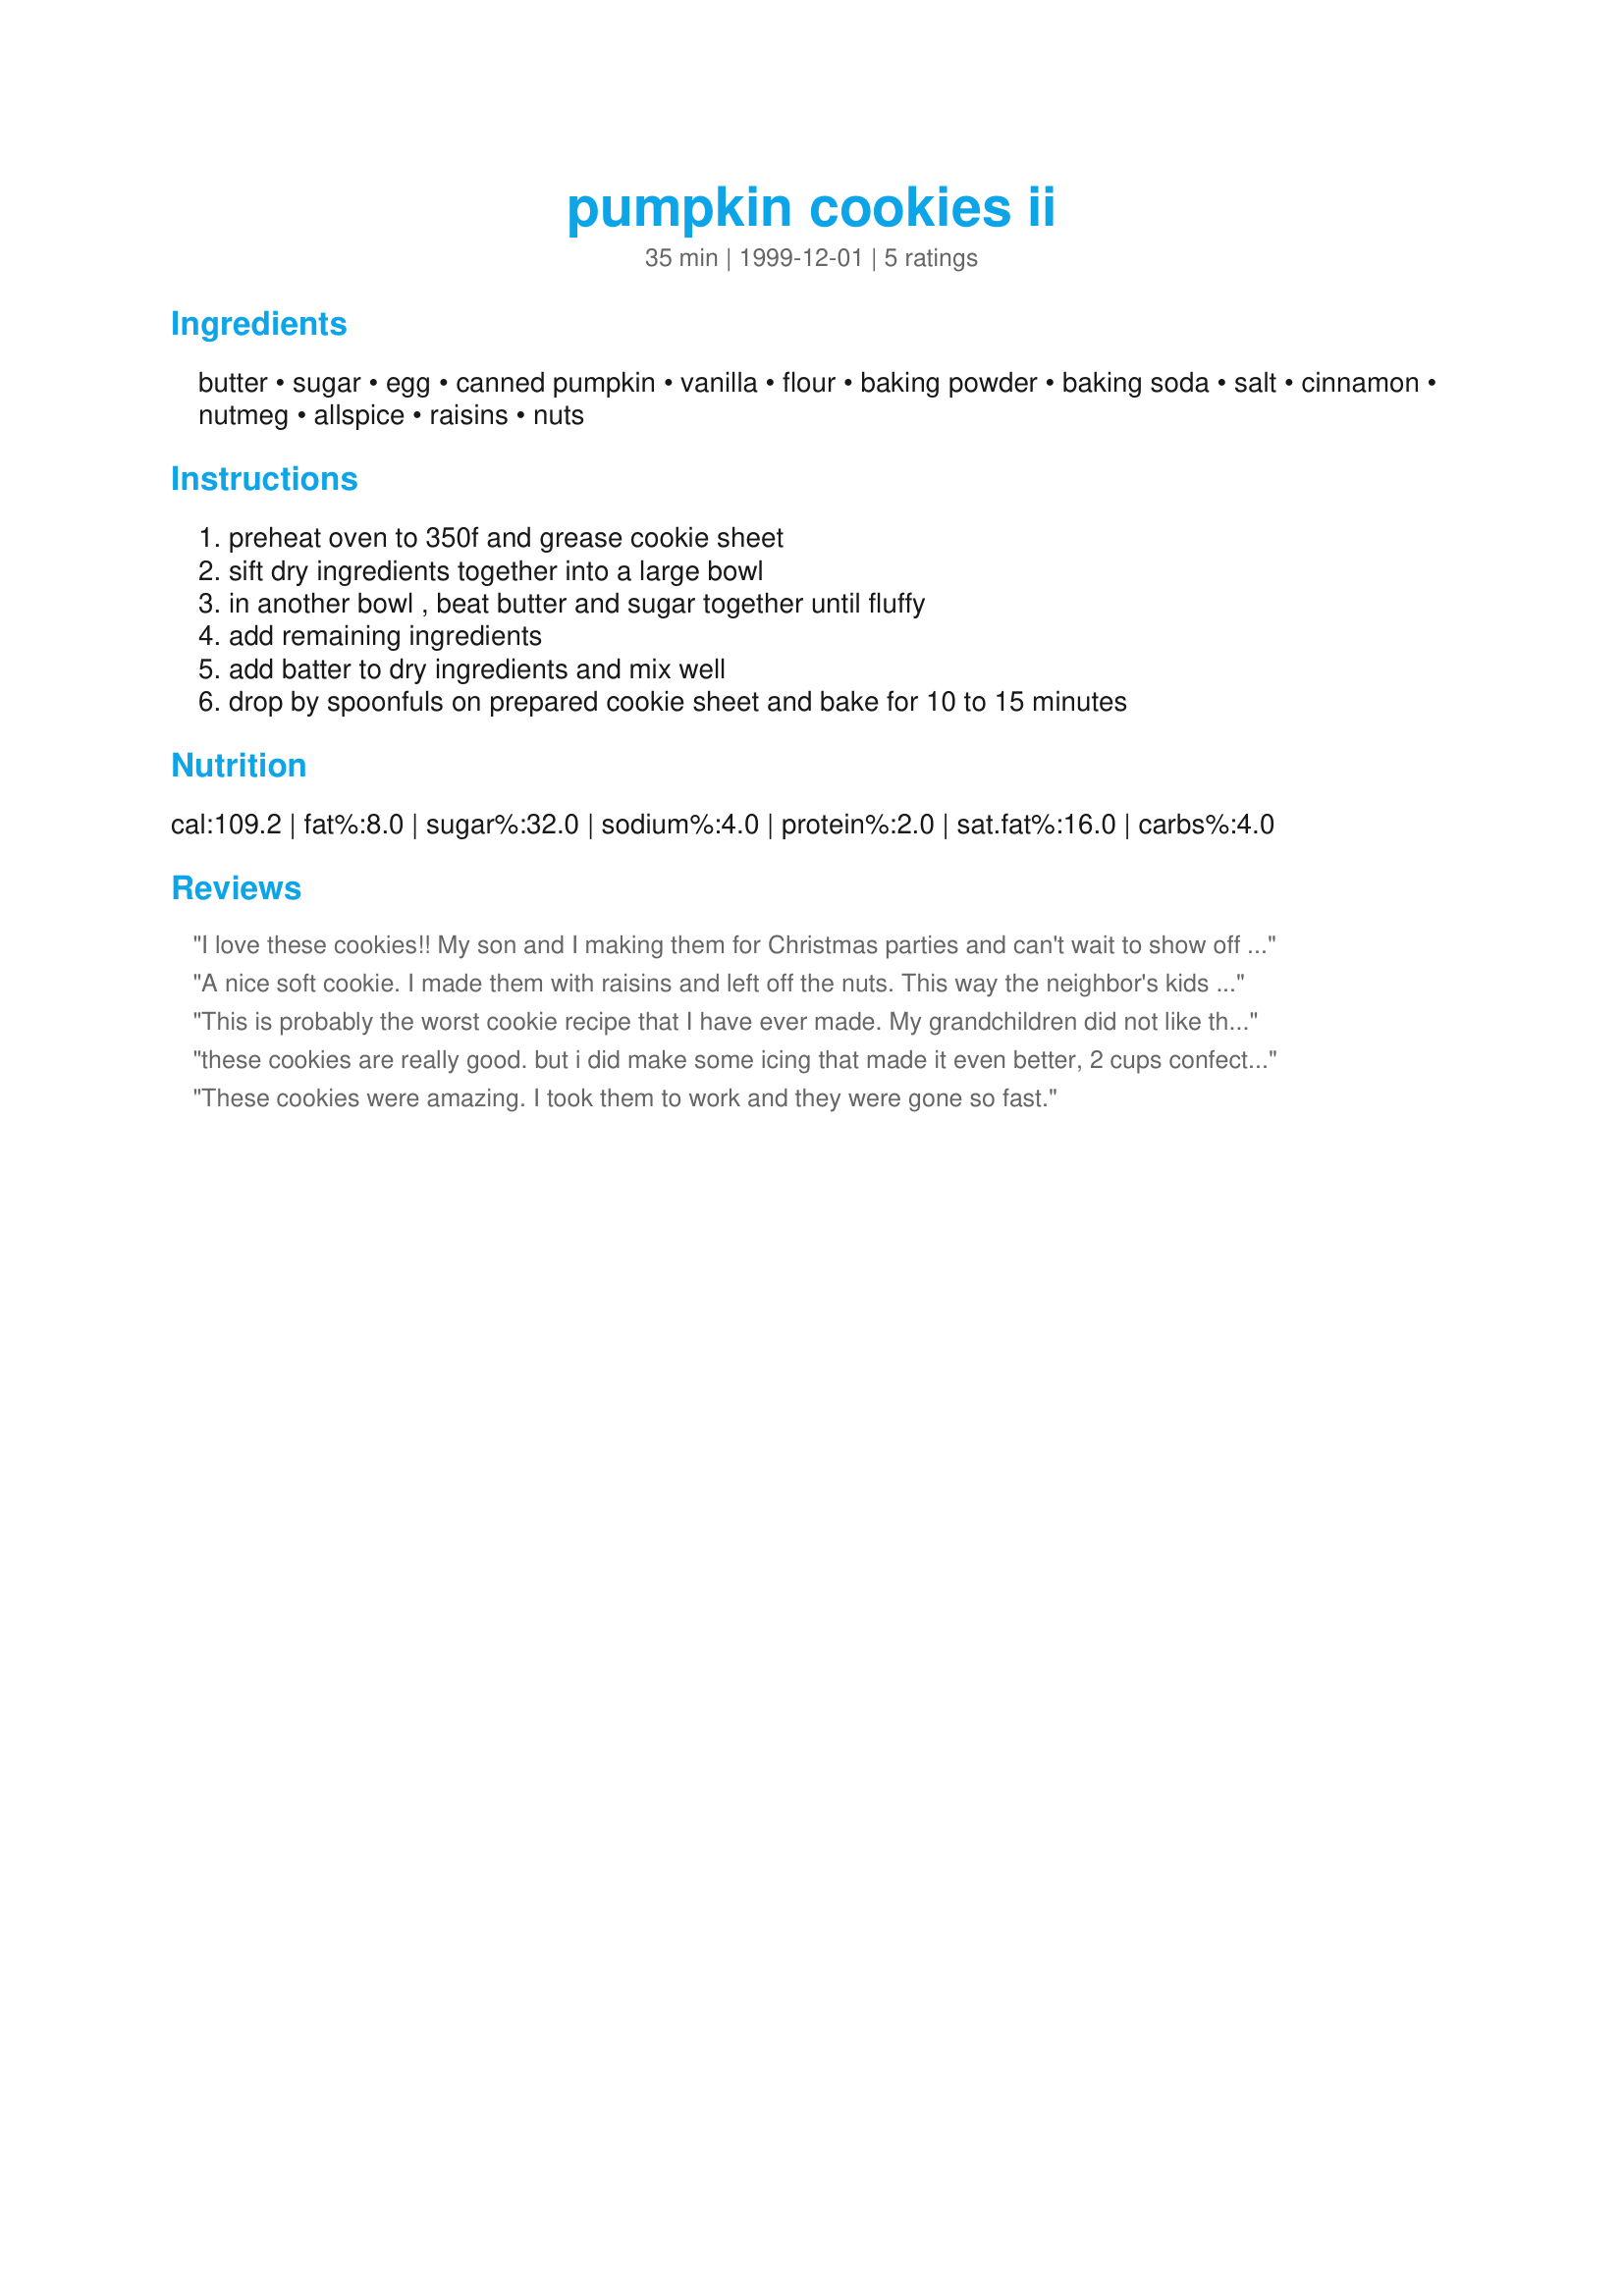
pumpkin cookies ii
Preparation time: 35 minutes

Ingredients:
butter, sugar, egg, canned pumpkin, vanilla, flour, baking powder, baking soda, salt, cinnamon, nutmeg, allspice, raisins, nuts

Steps:
preheat oven to 350f and grease cookie sheet, sift dry ingredients together into a large bowl, in another bowl , beat butter and sugar together until fluffy, add remaining ingredients, add batter to dry ingredients and mix well, drop by spoonfuls on prepared cookie sheet and bake for 10 to 15 minutes

Reviews:
I love these cookies!! My son and I making them for Christmas parties and can't wait to show off the delicious cookies!! Thank you very much! Also, fyi for anyone who might have a wheat allergy, not celiac, I used Spelt flour and Organic Raw Whole Cane Sugar. I am allergic to wheat, but I can tolerate Spelt.
A nice soft cookie. I made them with raisins and left off the nuts. This way the neighbor's kids can take them to school and it won't be a problem because of the nuts.
This is probably the worst cookie recipe that I have ever made. My grandchildren did not like the texture or the flavor. The cookie was soft but heavy and there was not much flavor. I will not make this cookie again.
these cookies are really good. but i did make some icing that made it even better, 2 cups confectioners' sugar 3 tablespoons milk 1 tablespoon melted butter 1 teaspoon vanilla extract. i will be making this again especially around the holidays.
These cookies were amazing. I took them to work and they were gone so fast.
